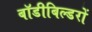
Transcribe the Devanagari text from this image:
बॉडीबिल्डरों